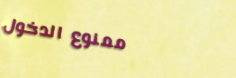
ممنوع الدخول